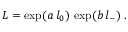
L = \exp ( a \, l _ { 0 } ) \, \exp ( b \, l _ { - } ) ~ .